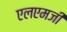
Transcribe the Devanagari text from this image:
एलएमजी